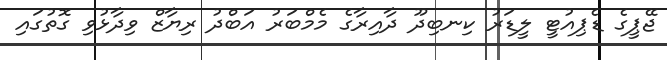
ޖޭޕީގެ ޑެޕިއުޓީ ލީޑަރު ކިނބިދޫ ދާއިރާގެ މެމްބަރު އަބްދު ރިޔާޒް ވިދާޅުވި ގޮތުގައި